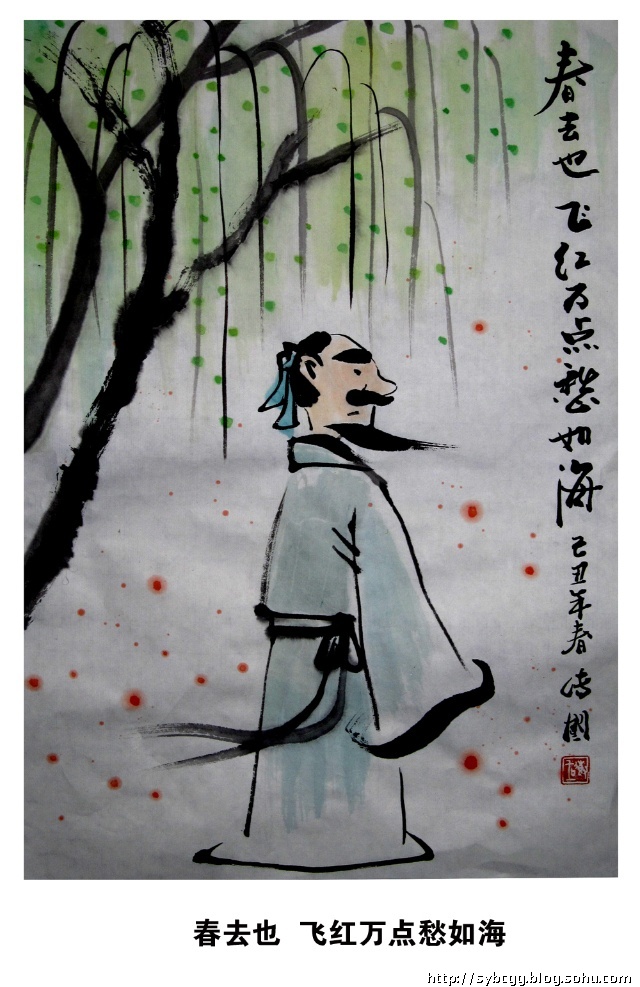
春去也，飞红万点愁如海。